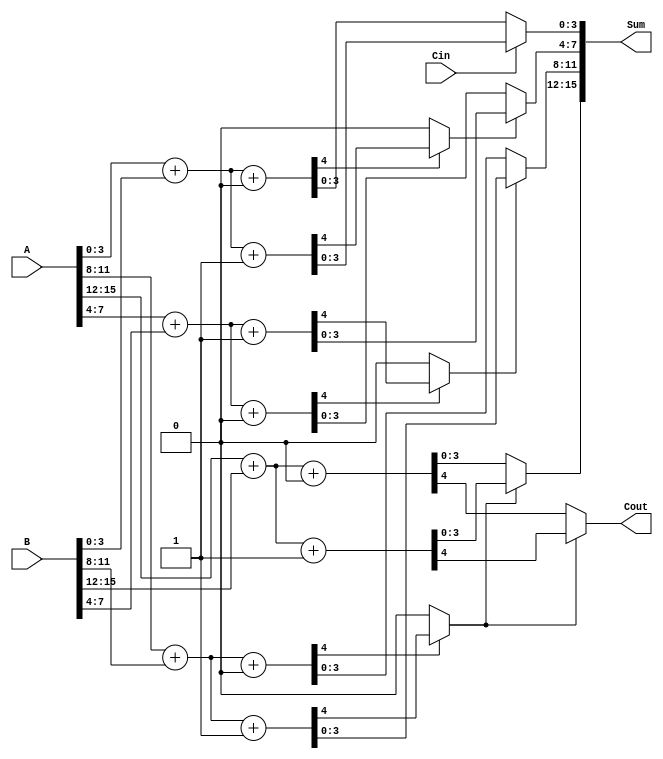
module DynamicCarrySelectAdder #(parameter N = 16, // Total bit width
                                  parameter M = 4)  // Block size
(
    input  [N-1:0] A,      // First n-bit input
    input  [N-1:0] B,      // Second n-bit input
    input  Cin,            // Carry-in
    output [N-1:0] Sum,    // n-bit sum output
    output Cout            // Carry-out
);

    localparam NUM_BLOCKS = N / M; // Number of blocks
    wire [M-1:0] sum0 [0:NUM_BLOCKS-1]; // Sums for carry-in = 0
    wire [M-1:0] sum1 [0:NUM_BLOCKS-1]; // Sums for carry-in = 1
    wire carry0 [0:NUM_BLOCKS-1]; // Carry-out for carry-in = 0
    wire carry1 [0:NUM_BLOCKS-1]; // Carry-out for carry-in = 1
    wire [NUM_BLOCKS-1:0] carry_select; // Carry selection signals

    // Generate sums and carries for each block
    genvar i;
    generate
        for (i = 0; i < NUM_BLOCKS; i = i + 1) begin : block
            wire [M-1:0] A_block = A[(i*M) +: M];
            wire [M-1:0] B_block = B[(i*M) +: M];

            // Compute sums and carries for carry-in = 0
            assign {carry0[i], sum0[i]} = A_block + B_block + 1'b0;
            // Compute sums and carries for carry-in = 1
            assign {carry1[i], sum1[i]} = A_block + B_block + 1'b1;

            // Select carry for the next block
            if (i > 0) begin
                assign carry_select[i] = carry0[i-1] ? carry1[i-1] : carry0[i-1];
            end else begin
                assign carry_select[i] = Cin;
            end
        end
    endgenerate

    // Final carry selection and sum construction
    generate
        for (i = 0; i < NUM_BLOCKS; i = i + 1) begin : sum_select
            assign Sum[(i*M) +: M] = carry_select[i] ? sum1[i] : sum0[i];
            if (i == NUM_BLOCKS - 1) begin
                assign Cout = carry_select[i] ? carry1[i] : carry0[i];
            end
        end
    endgenerate

endmodule